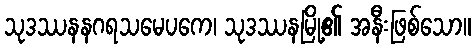
သုဒဿနနဂရသမေပကေ၊ သုဒဿနမြို့၏ အနီးဖြစ်သော။